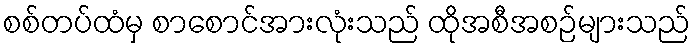
စစ်တပ်ထံမှ စာစောင်အားလုံးသည် ထိုအစီအစဉ်များသည်